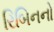
રિબિનનો